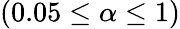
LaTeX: (0.05\leq\alpha\leq 1)